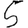
Digit: 5